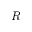
R